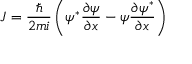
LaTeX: J = { \frac { \hbar } { 2 m i } } \left( \psi ^ { * } { \frac { \partial \psi } { \partial x } } - \psi { \frac { \partial \psi ^ { * } } { \partial x } } \right)